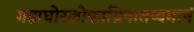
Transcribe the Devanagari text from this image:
महाघोरशोकाग्निनातप्यमानं